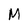
Character: M